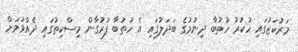
މަރުކަޒުގައި ހުކުރު ހުތުބާ ދިނުމުގެ ބަދަލުގައި އެ ހުތުބާ ފުރުގާން މިސްކިތުގައި ދެއްވުމަށް